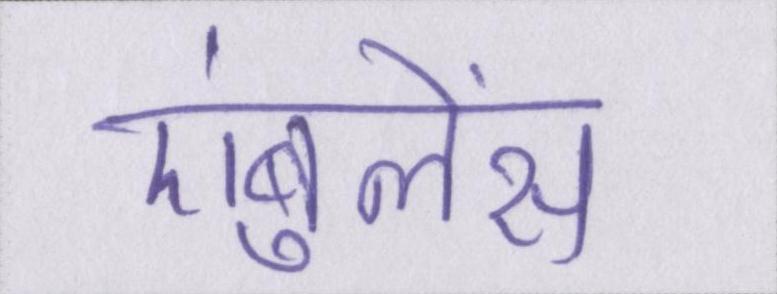
एंबुलेंस